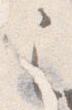
之